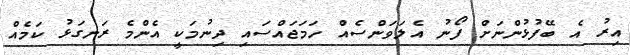
އިރު އެ ބޭފުޅުންނަށް ފޯނު އެލަވަންސެއް ހަމަޖައްސައި ދިނުމަކީ އެންމެ ރަނގަޅު ކަމެއް